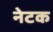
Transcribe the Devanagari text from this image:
नेटक